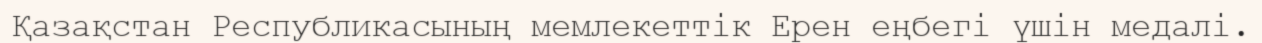
Қазақстан Республикасының мемлекеттік Ерен еңбегі үшін медалі.